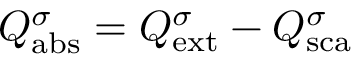
Q _ { \mathrm { { a b s } } } ^ { \sigma } = Q _ { \mathrm { { e x t } } } ^ { \sigma } - Q _ { \mathrm { { s c a } } } ^ { \sigma }